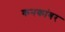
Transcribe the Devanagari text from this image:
कनकांबर